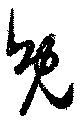
免